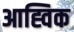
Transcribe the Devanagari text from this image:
आह्विक